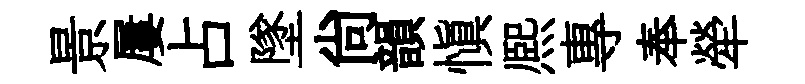
景屢占墜尙韻愼熈專奉犖